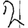
Digit: 2